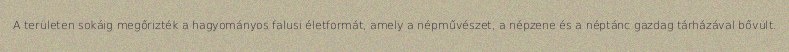
A területen sokáig megőrizték a hagyományos falusi életformát, amely a népművészet, a népzene és a néptánc gazdag tárházával bővült.